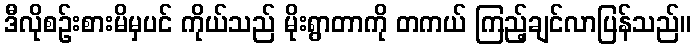
ဒီလိုစဉ်းစားမိမှပင် ကိုယ်သည် မိုးရွာတာကို တကယ် ကြည့်ချင်လာပြန်သည်။